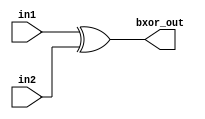
module bitwise_xor(in1, in2, bxor_out);
parameter size = 4;
input [size-1:0] in1, in2;
output [size-1:0] bxor_out;

assign bxor_out = in1 ^ in2;

endmodule